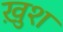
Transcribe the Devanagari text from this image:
खु़श